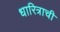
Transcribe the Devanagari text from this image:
धारित्राची